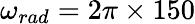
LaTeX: \omega_{rad}=2\pi\times 150